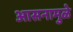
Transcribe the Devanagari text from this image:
आसनामुळे